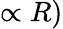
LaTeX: \propto R)